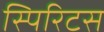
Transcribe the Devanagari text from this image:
स्पिरिटस